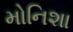
મોનિશા